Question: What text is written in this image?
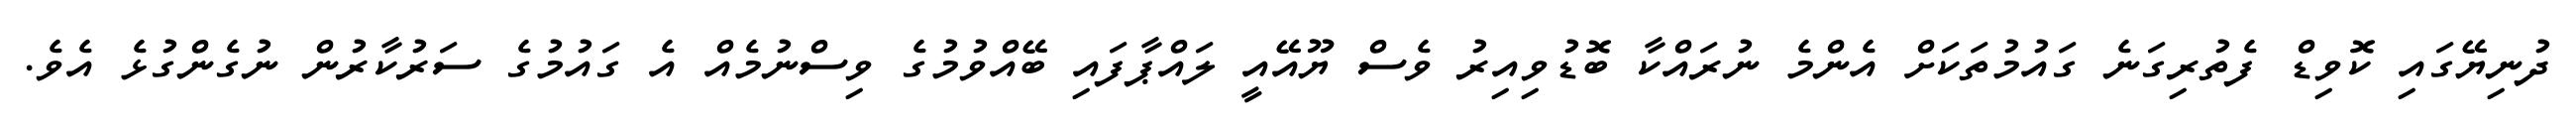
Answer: ދުނިޔޭގައި ކޮވިޑް ފެތުރިގަނެ ގައުމުތަކަށް އެންމެ ނުރައްކާ ބޮޑުވިއިރު ވެސް ޔޫއޭއީ ލައްޕާފައި ބޭއްވުމުގެ ވިސްނުމެއް އެ ގައުމުގެ ސަރުކާރުން ނުގެންގުޅެ އެވެ.